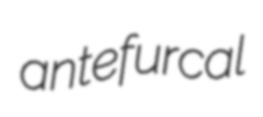
antefurcal